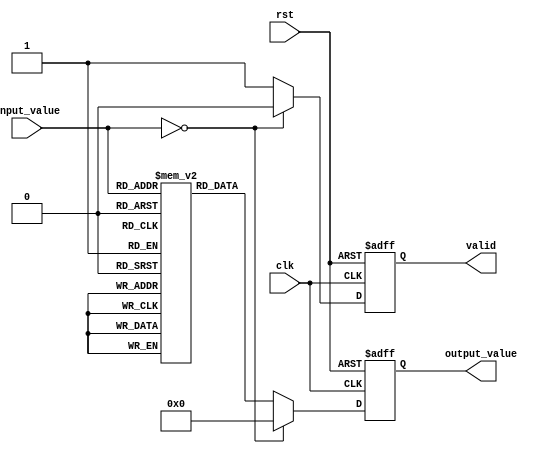
module lut_reciprocal (
    input wire [7:0] input_value,  // 8-bit input value
    input wire clk,                // Clock signal
    input wire rst,                // Reset signal
    output reg [7:0] output_value, // 8-bit output value for the reciprocal
    output reg valid               // Output valid signal
);

    // Define the size of the LUT
    parameter LUT_SIZE = 256;
    
    // Declare the LUT for storing precomputed reciprocal values
    reg [7:0] lut [0:LUT_SIZE-1];

    // Initialize the LUT with precomputed reciprocal values
    initial begin
        // Populate the LUT with reciprocal values scaled by 256
        // For example, lut[0] = 0 (undefined), lut[1] = 255 (1.0), lut[2] = 127 (0.5), etc.
        lut[0] = 8'b00000000; // Undefined for 0
        lut[1] = 8'b11111111; // 1.0 (255 in fixed-point)
        lut[2] = 8'b01111111; // 0.5 (127 in fixed-point)
        // Populate other values as needed...
        // You can use a script or tool to generate these values for higher precision
        // Example: lut[3] = 8'b00111111; // 0.3333 (approx)
        // ...
        lut[255] = 8'b00000001; // 1/255 (approx)
    end

    // Control logic to handle input and output
    always @(posedge clk or posedge rst) begin
        if (rst) begin
            output_value <= 8'b00000000; // Reset output
            valid <= 1'b0;               // Reset valid signal
        end else begin
            if (input_value == 8'b00000000) begin
                // Handle zero input case
                output_value <= 8'b00000000; // Output zero for undefined reciprocal
                valid <= 1'b0;               // Not valid
            end else begin
                // Generate address for LUT based on input value
                output_value <= lut[input_value]; // Lookup reciprocal value
                valid <= 1'b1;                   // Set valid signal
            end
        end
    end

endmodule